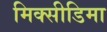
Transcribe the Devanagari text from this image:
मिक्सीडिमा